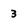
Character: 3